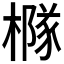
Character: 𪳹